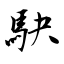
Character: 駃